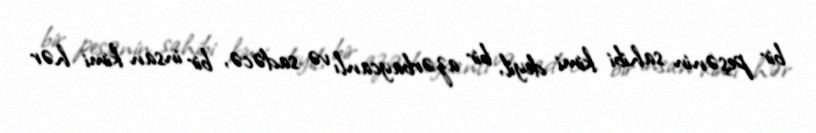
bir peşənin sahibi kimi deyil, bir azərbaycanlı və sadəcə, bir insan kimi hər